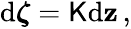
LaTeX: \begin{array}{r}{\mathrm{d}\boldsymbol{\zeta}=\mathsf{K}\mathrm{d}\mathbf{z}\, ,}\end{array}